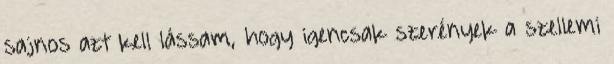
sajnos azt kell lássam, hogy igencsak szerények a szellemi